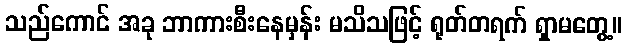
သည်ကောင် အခု ဘာကားစီးနေမှန်း မသိသဖြင့် ရုတ်တရက် ရှာမတွေ့။